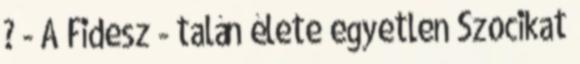
? - A Fidesz - talán élete egyetlen Szocikat